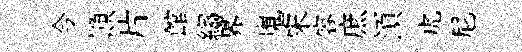
今顚片館縐界嵬宋容庶湏虎尼